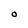
Character: O